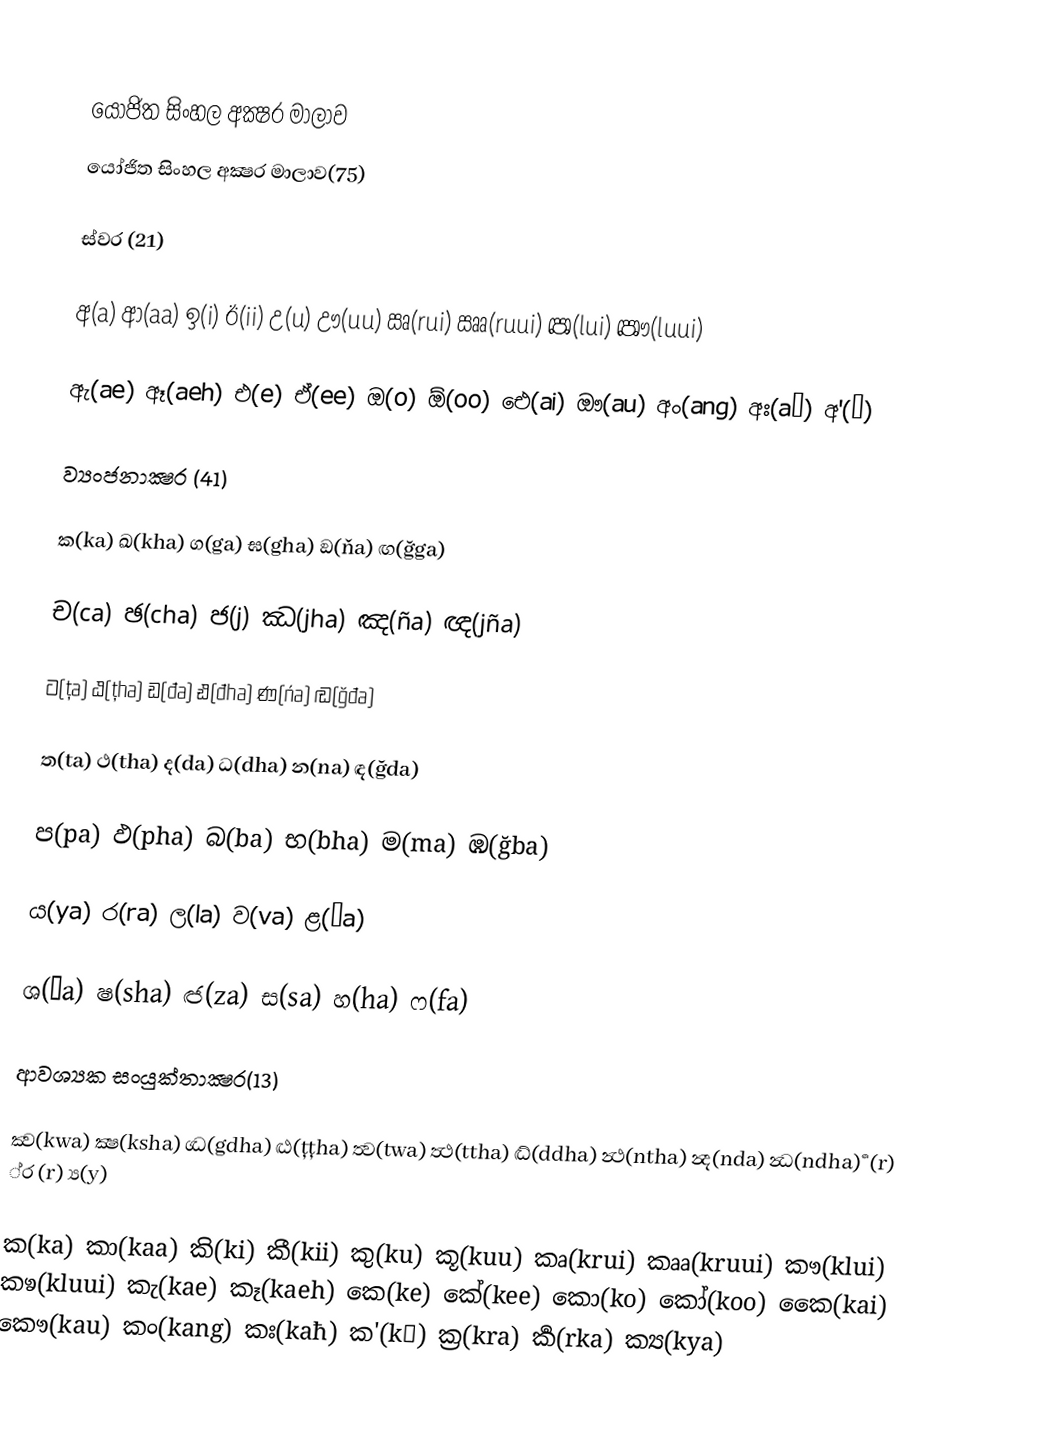

යෝජිත සිංහල අක්‍ෂර මාලාව
යෝජිත සිංහල අක්‍ෂර මාලාව(75)

ස්වර (21)

අ(a)  ආ(aa)  ඉ(i)  ඊ(ii)  උ(u)  ඌ(uu)  ඍ(rui)  ඎ(ruui)  ඏ(lui)  ඐ(luui)

ඇ(ae)  ඈ(aeh)  එ(e)  ඒ(ee)  ඔ(o)  ඕ(oo)  ඓ(ai)  ඖ(au)  අං(ang)  අඃ(aħ)  අ'(ə)

ව්‍යංජනාක්‍ෂර (41)

ක(ka)  ඛ(kha)  ග(ga)  ඝ(gha)  ඞ(ňa)  ඟ(ğga)

ච(ca)  ඡ(cha)  ජ(j)   ඣ(jha)  ඤ(ña)  ඥ(jña)

ට(ța)  ඨ(țha)  ඩ(đa)  ඪ(đha)  ණ(ńa)  ඬ(ğđa)

ත(ta)  ථ(tha)  ද(da)  ධ(dha)  න(na)  ඳ(ğda)

ප(pa)  ඵ(pha)  බ(ba)  භ(bha)  ම(ma)  ඹ(ğba)

ය(ya)  ර(ra)  ල(la)  ව(va)  ළ(ļa)

ශ(şa)  ෂ(sha)  ඦ(za)  ස(sa)  හ(ha)  ෆ(fa)

ආවශ්‍යක සංයුක්තාක්‍ෂර(13)

ක්‍ව(kwa) ක්‍ෂ(ksha) ග්‍ධ(gdha) ට්‍ඨ(țțha) ත්‍ව(twa) ත්‍ථ(ttha) ද්‍ධ්(ddha)  න්‍ථ(ntha) න්‍ද(nda) න්‍ධ(ndha)     ර්‍ (r) ්‍ර (r) ්‍ය(y)

ක(ka) කා(kaa) කි(ki) කී(kii) කු(ku) කූ(kuu) කෘ(krui) කෘෘ(kruui) කෟ(klui) කෳ(kluui) කැ(kae) කෑ(kaeh) කෙ(ke) කේ(kee) කො(ko) කෝ(koo) කෙෙ(kai) කෞ(kau) කං(kang) කඃ(kaħ) ක'(kə) ක්‍ර(kra) ර්‍ක(rka) ක්‍ය(kya)